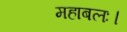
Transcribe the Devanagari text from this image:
महाबलः।